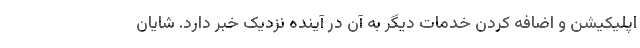
اپلیکیشن و اضافه کردن خدمات دیگر به آن در آینده نزدیک خبر دارد. شایان